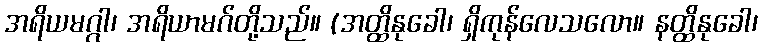
အရိယမဂ္ဂါ၊ အရိယာမဂ်တို့သည်။ (အတ္ထိနုခေါ၊ ရှိကုန်လေသလော။ နတ္ထိနုခေါ၊